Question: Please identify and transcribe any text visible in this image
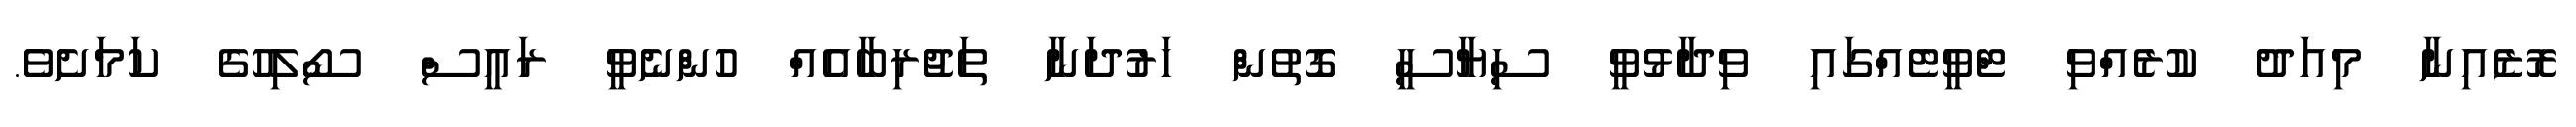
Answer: ރޮޒެއިނާ މިއަދު ކުރެއްވި ޓްވީޓެއްގައި ވިދާޅުވީ ސިޔާސީ ގޮތުން ހަރުދަނާ ތަޖުރިބާއެއް ހުންނެވީ ރައީސް ސޯލިހުގެ ކަމަށެވެ.